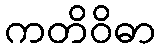
ကတိဝိဓာ